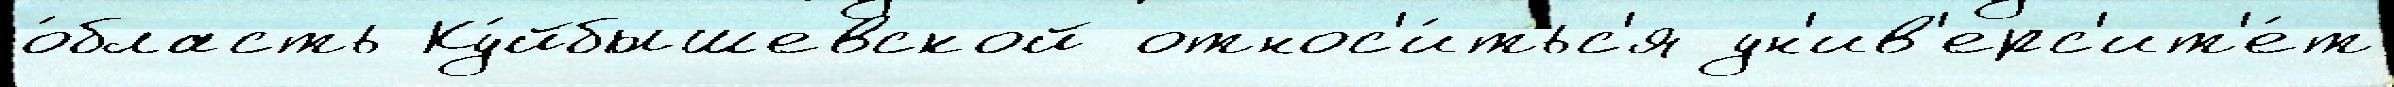
о́бласть Ку́йбышевской относ'и́тьс'я ун'ив'ерс'ит'е́т